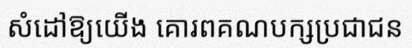
សំដៅឱ្យយើង គោរពគណបក្សប្រជាជន